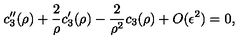
c _ { 3 } ^ { \prime \prime } ( \rho ) + \frac { 2 } { \rho } c _ { 3 } ^ { \prime } ( \rho ) - \frac { 2 } { \rho ^ { 2 } } c _ { 3 } ( \rho ) + O ( \epsilon ^ { 2 } ) = 0 ,